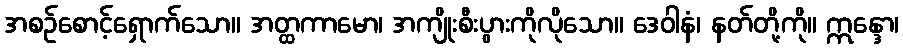
အစဉ်စောင့်ရှောက်သော။ အတ္ထကာမော၊ အကျိုးစီးပွားကိုလိုသော။ ဒေဝါနံ၊ နတ်တို့ကို။ ဣန္ဒော၊